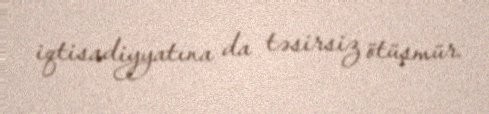
iqtisadiyyatına da təsirsiz ötüşmür.